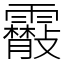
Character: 䨷